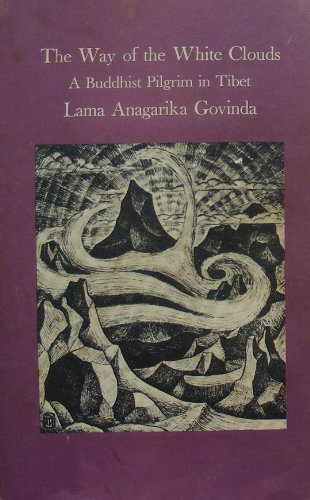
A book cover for The Way of White Clouds: A Buddhist Pilgrim in Tibet (Shambhala Dragon Editions); Lama Anagarika Govinda; Travel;